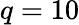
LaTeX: q=10